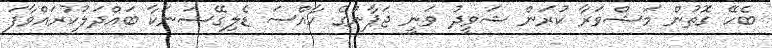
ބެހޭ ގޮތުން މަޝްވަރާ ކުރަން ޝަވީދު ވަނީ ޖަޕާނުގެ ހާއްސަ ޑެލިގޭޝަނަކާ ބައްދަލުކުރައްވާފަ